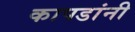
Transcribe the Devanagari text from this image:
कापडांनी